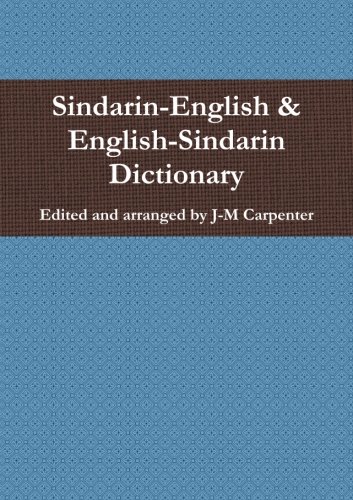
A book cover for Sindarin-English & English-Sindarin Dictionary; J-M Carpenter; Reference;